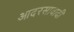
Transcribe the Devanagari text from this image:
आदरसावादी